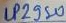
Text: LP2950